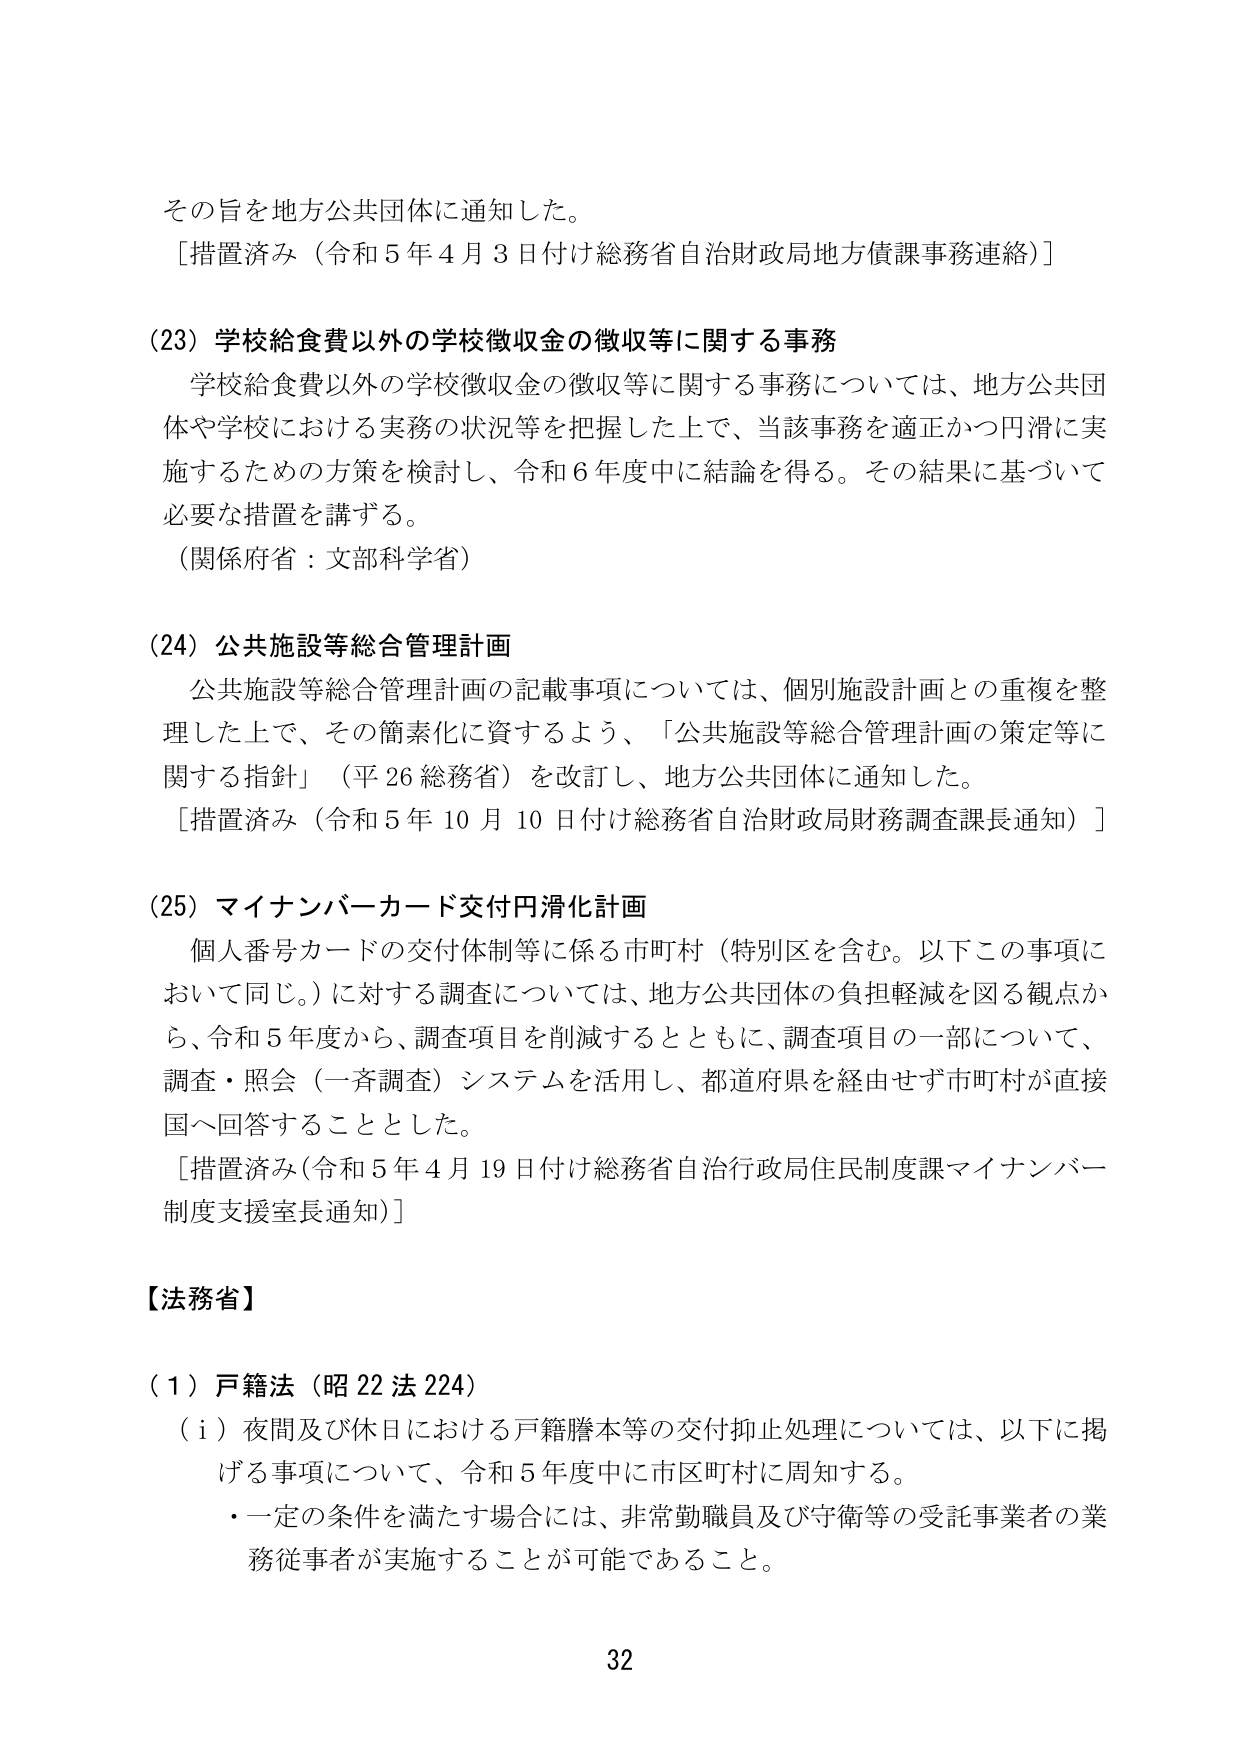
その旨を地方公共団体に通知した。
［措置済み（令和５年４月３日付け総務省自治財政局地方債課事務連絡）］

（23）学校給食費以外の学校徴収金の徴収等に関する事務
　学校給食費以外の学校徴収金の徴収等に関する事務については、地方公共団
体や学校における実務の状況等を把握した上で、当該事務を適正かつ円滑に実
施するための方策を検討し、令和６年度中に結論を得る。その結果に基づいて
必要な措置を講ずる。
（関係府省：文部科学省）

（24）公共施設等総合管理計画
　公共施設等総合管理計画の記載事項については、個別施設計画との重複を整
理した上で、その簡素化に資するよう、「公共施設等総合管理計画の策定等に
関する指針」（平26 総務省）を改訂し、地方公共団体に通知した。
［措置済み（令和５年10月10日付け総務省自治財政局財務調査課長通知）］

（25）マイナンバーカード交付円滑化計画
　個人番号カードの交付体制等に係る市町村（特別区を含む。以下この事項に
おいて同じ。）に対する調査については、地方公共団体の負担軽減を図る観点か
ら、令和５年度から、調査項目を削減するとともに、調査項目の一部について、
調査・照会（一斉調査）システムを活用し、都道府県を経由せず市町村が直接
国へ回答することとした。
［措置済み（令和５年４月19日付け総務省自治行政局住民制度課マイナンバー
制度支援室長通知）］

【法務省】

（１）戸籍法（昭22法224）
　（ｉ）夜間及び休日における戸籍謄本等の交付抑止処理については、以下に掲
げる事項について、令和５年度中に市区町村に周知する。
　・一定の条件を満たす場合には、非常勤職員及び守衛等の受託事業者の業
　務従事者が実施することが可能であること。

32